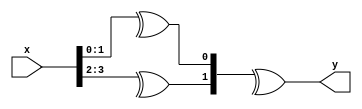
module module2_DataFlow(
    input [3:0] x,
	 output y
    );
	assign y = ^{^x[3:2], ^x[1:0]};

endmodule

module module2_Behavioral(
    input [3:0] x,
	 output reg y
    );
	always @(*) y = ^{^x[3:2], ^x[1:0]};
endmodule

module module2_Gate(
    input [3:0] x,
	 output y
    );
	xor U0(o1, x[3], x[2]);
	xor U1(o2, x[1], x[0]);
	xor U2(y, o1, o2);
endmodule